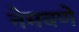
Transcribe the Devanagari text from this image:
नेमवणे